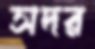
সদর